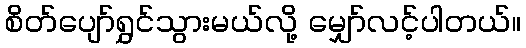
စိတ်ပျော်ရွှင်သွားမယ်လို့ မျှော်လင့်ပါတယ်။